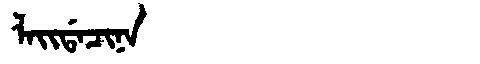
Manchu: ᠯᠠᡳᡩᠠᠴᡳᠨᠠ
Romanization: LAIDACINA